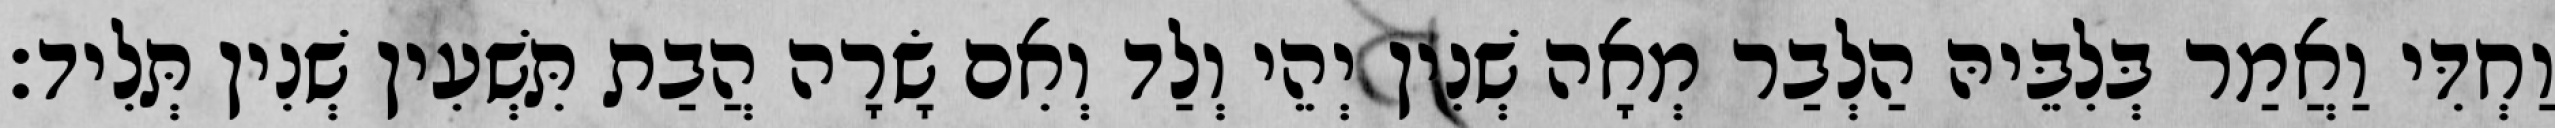
וַחְדִּי וַאֲמַר בְּלִבֵּיהּ הַלְבַר מְאָה שְׁנִין יְהֵי וְלַד וְאִם שָׂרָה הֲבַת תִּשְׁעִין שְׁנִין תְּלִיד׃